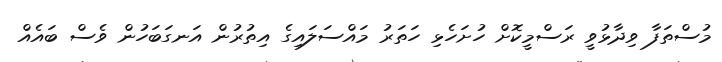
މުސްތަފާ ވިދާޅުވީ ރަސްމީކޮށް ހުށަހެޅި ހަތަރު މައްސަލައިގެ އިތުރުން އަނގަބަހުން ވެސް ބައެއް